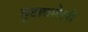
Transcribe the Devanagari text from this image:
सुटावलेली